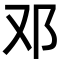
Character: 邓